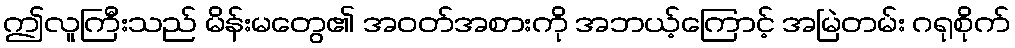
ဤလူကြီးသည် မိန်းမတွေ၏ အဝတ်အစားကို အဘယ့်ကြောင့် အမြဲတမ်း ဂရုစိုက်